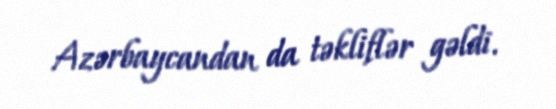
Azərbaycandan da təkliflər gəldi.